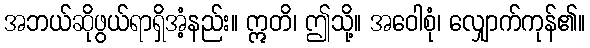
အဘယ်ဆိုဖွယ်ရာရှိအံ့နည်း။ ဣတိ၊ ဤသို့။ အဝေါစုံ၊ လျှောက်ကုန်၏။